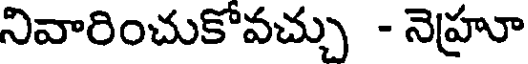
నివారించుకోవచ్చు - నెహ్రూ